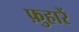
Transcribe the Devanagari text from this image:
फ़ुहारें